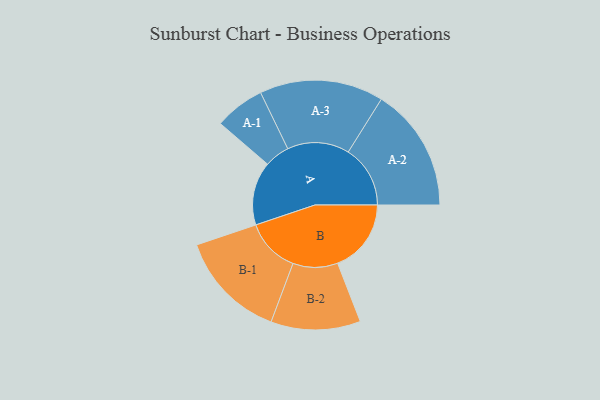
{"axis": {"x": "Segment", "y": "Value"}, "legend": ["", "A", "B"], "data": [{"x": "A", "y": 258, "type": ""}, {"x": "B", "y": 299, "type": ""}, {"x": "A-1", "y": 102, "type": "A"}, {"x": "A-2", "y": 252, "type": "A"}, {"x": "A-3", "y": 252, "type": "A"}, {"x": "B-1", "y": 221, "type": "B"}, {"x": "B-2", "y": 182, "type": "B"}]}